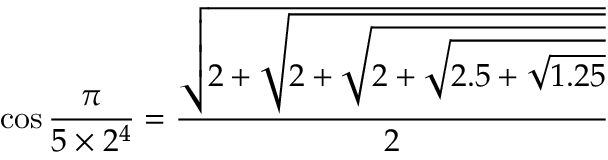
\cos { \frac { \pi } { 5 \times 2 ^ { 4 } } } = { \frac { \sqrt { 2 + { \sqrt { 2 + { \sqrt { 2 + { \sqrt { 2 . 5 + { \sqrt { 1 . 2 5 } } } } } } } } } } { 2 } }